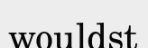
wouldst